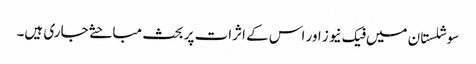
سوشلستان میں فیک نیوز اور اس کے اثرات پر بحث مباحثے جاری ہیں۔